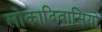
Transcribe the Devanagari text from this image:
लोकादिवासियो